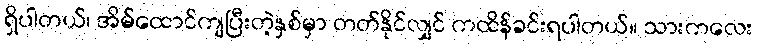
ရှိပါတယ်၊ အိမ်ထောင်ကျပြီးတဲ့နှစ်မှာ တတ်နိုင်လျှင် ကထိန်ခင်းရပါတယ်။ သားကလေး